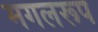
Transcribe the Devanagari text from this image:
मगलरूप